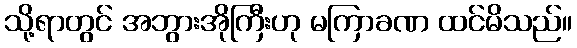
သို့ရာတွင် အဘွားအိုကြီးဟု မကြာခဏ ထင်မိသည်။